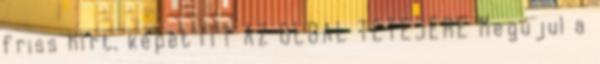
friss hírt, képet ITT AZ OLDAL TETEJÉRE Megújul a